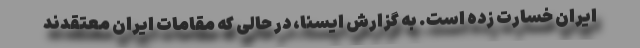
ایران خسارت زده است. به گزارش ایسنا، در حالی که مقامات ایران معتقدند